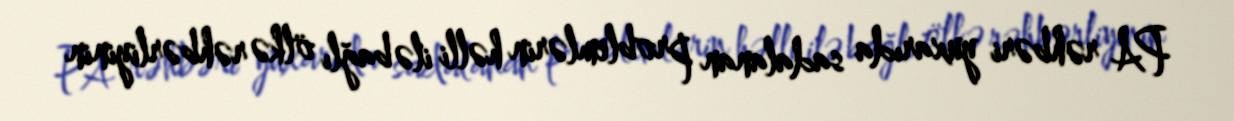
PA rəhbəri yuxarıda sadalanan problemlərin həlli ilə bağlı ölkə rəhbərliyinin